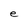
Character: e